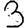
Digit: 3